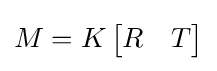
M=K\,{\begin{bmatrix}R&T\end{bmatrix}}